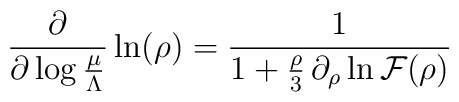
\frac{\partial}{\partial \log \frac{\mu}{\Lambda}}\ln (\rho)=\frac{1}{1+ \frac{\rho}{3}\, \partial_{\rho}\ln {\cal F}(\rho)}